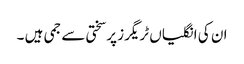
ان کی انگلیاں ٹریگرز پرسختی سے جمی ہیں ۔